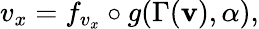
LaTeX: v_{x}=f_{v_{x}}\circ g(\Gamma(\mathbf{v}),\alpha),